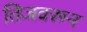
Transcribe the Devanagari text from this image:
तिजवरून